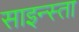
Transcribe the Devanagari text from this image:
साइन्स्ता